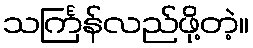
သင်္ကြန်လည်ဖို့တဲ့။